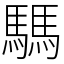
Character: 騳